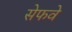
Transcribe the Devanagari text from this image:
सेफवे